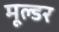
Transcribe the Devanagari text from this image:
मूल्डर